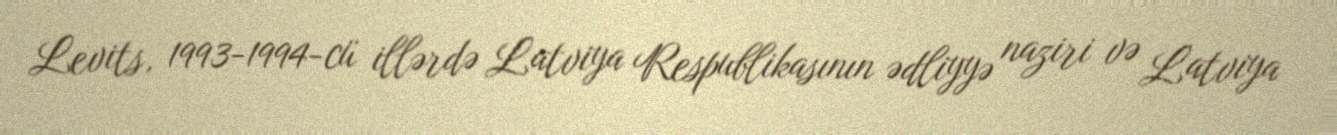
Levits, 1993-1994-cü illərdə Latviya Respublikasının ədliyyə naziri və Latviya